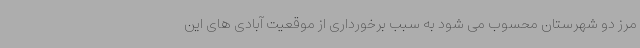
مرز دو شهرستان محسوب می شود به سبب برخورداری از موقعیت آبادی های این